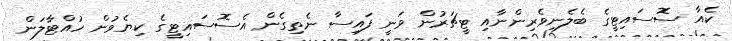
ކެއާ ސޮސައިޓީގެ ބެލެނިވެރިންނާއި ޓީޗަރުން ވަނީ ފައިސާ ނެތިގެން އެސޮސައިޓީގެ ކިޔެވުން ހުއްޓާލަން